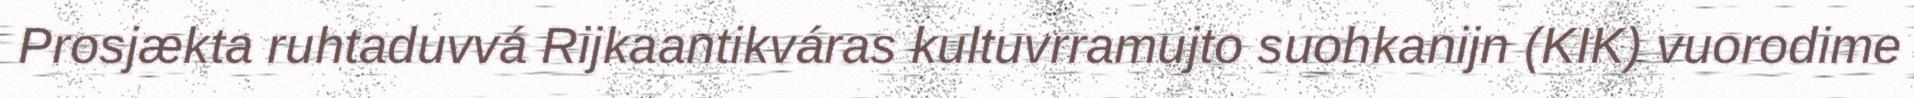
Prosjækta ruhtaduvvá Rijkaantikváras kultuvrramujto suohkanijn (KIK) vuorodime